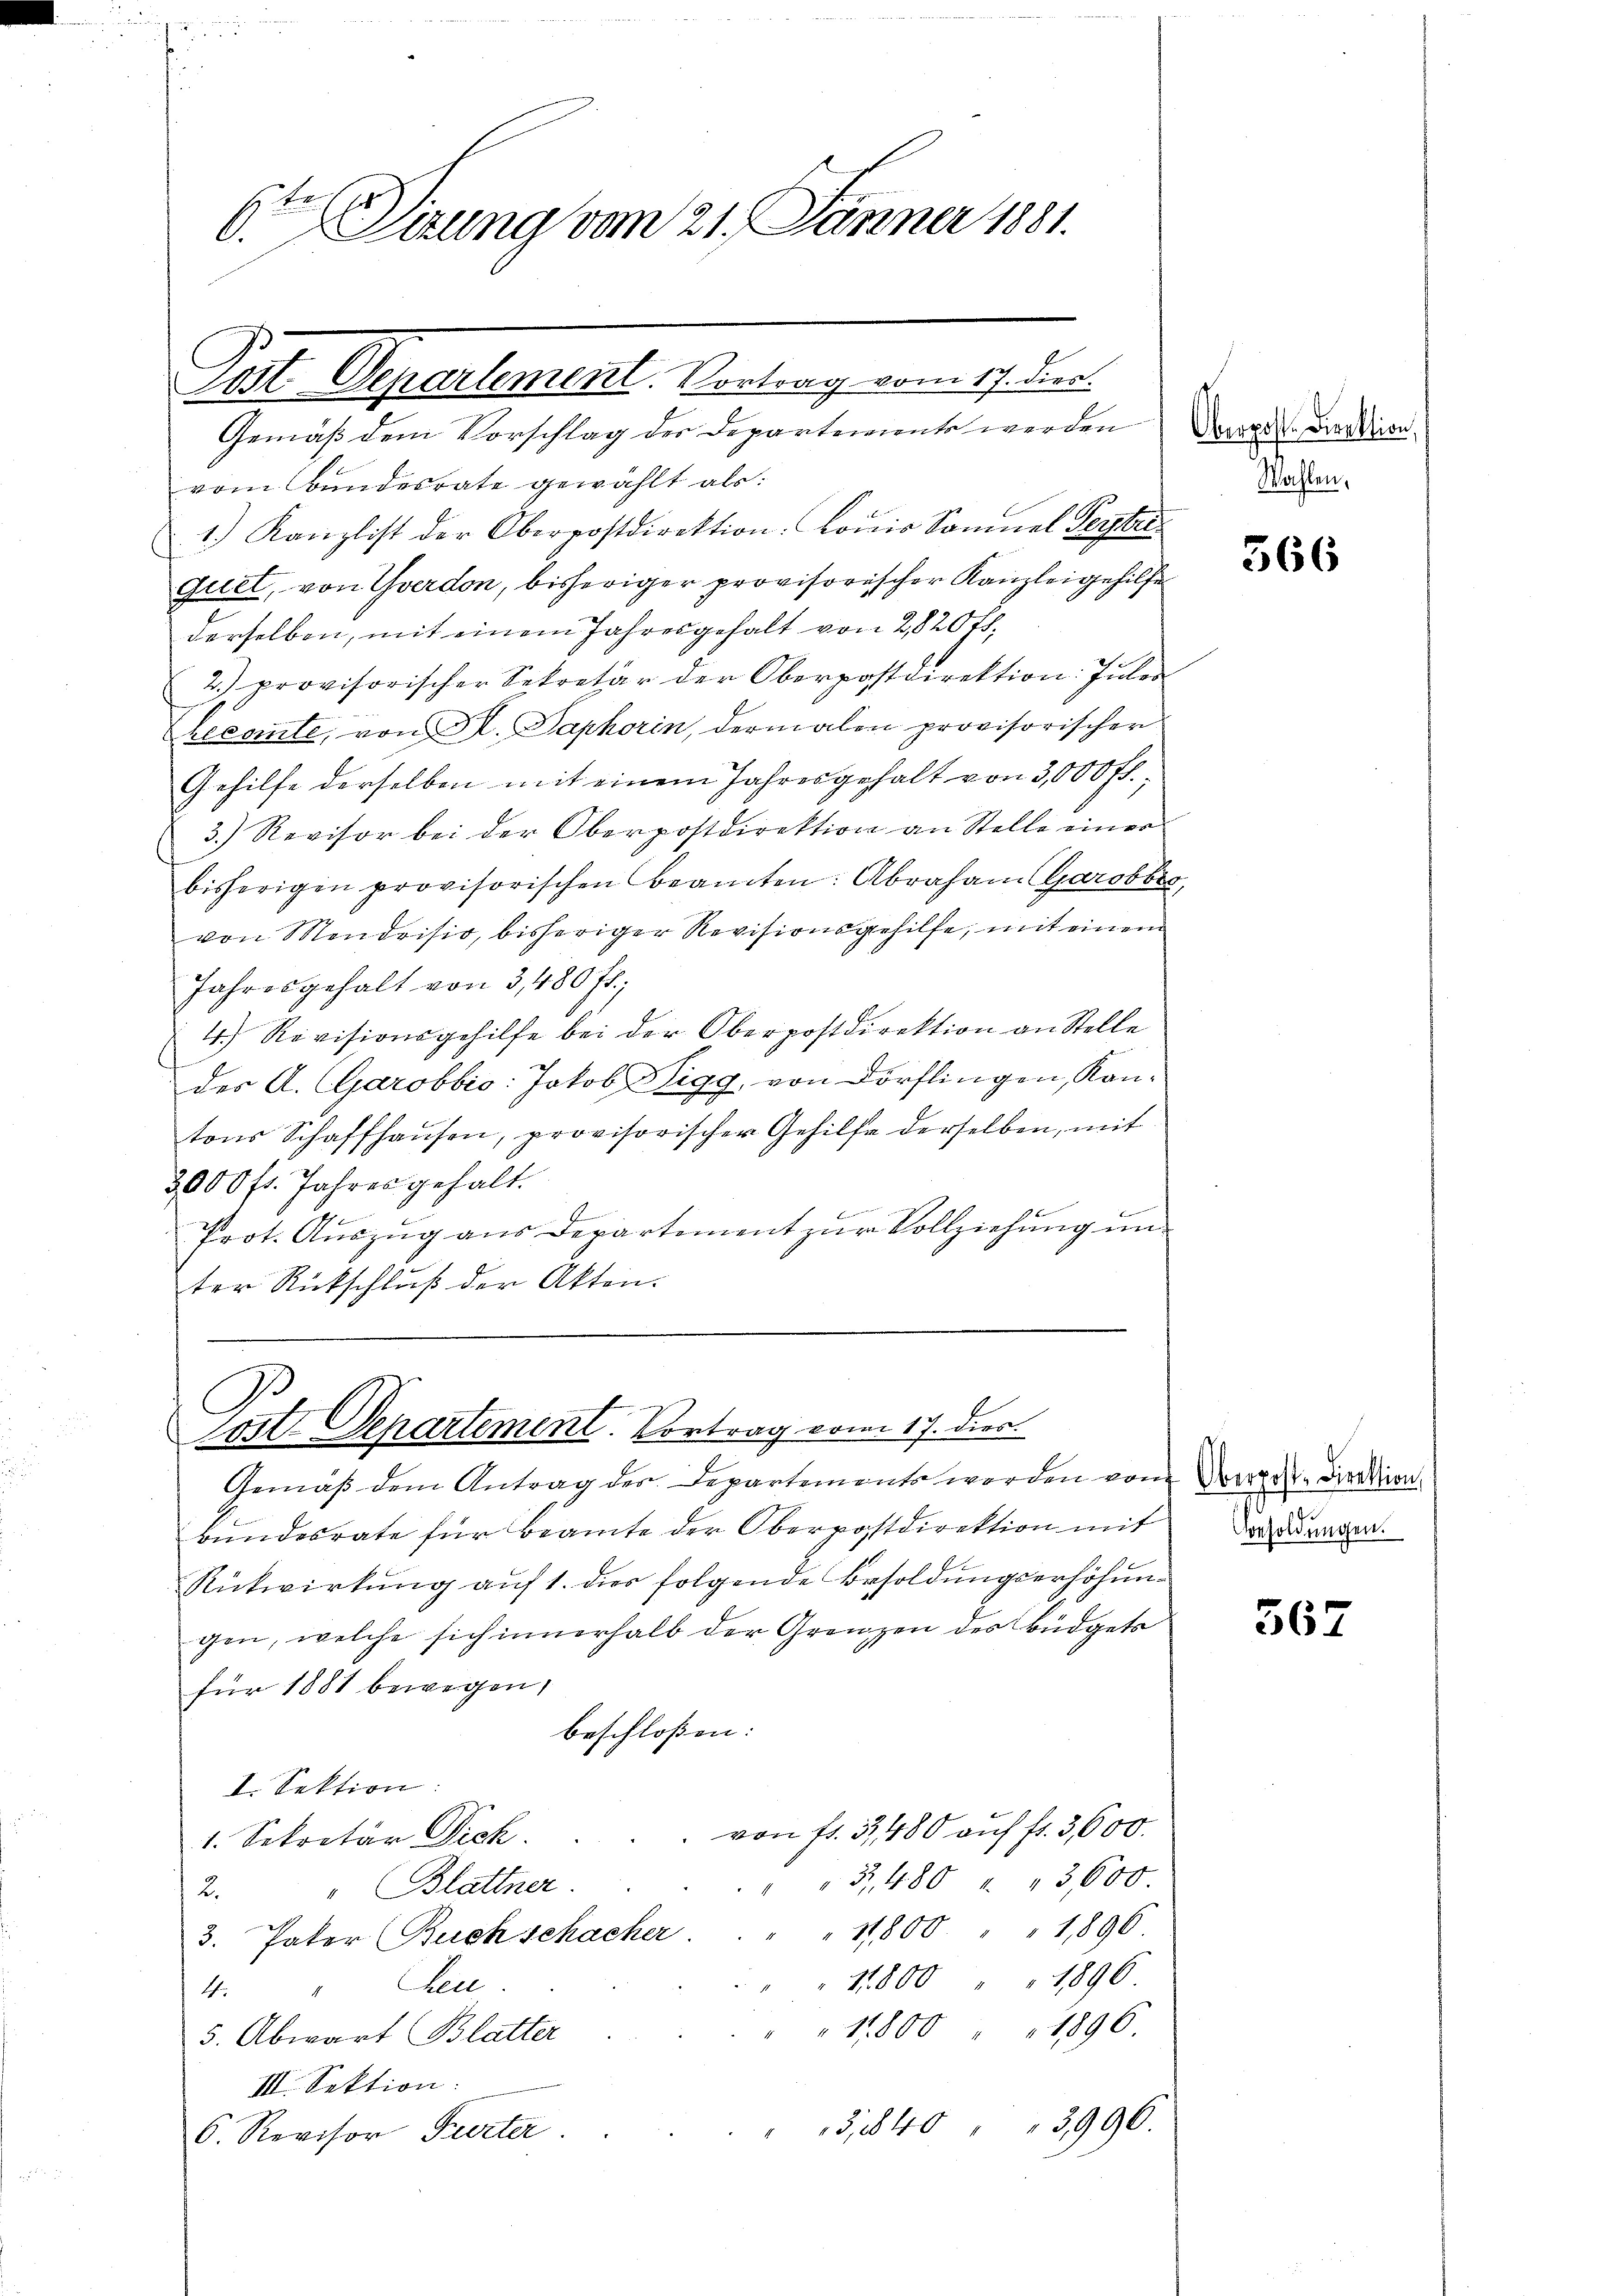
6ten Sitzung vom 21. Jänner 1881.

Post. Departement. Vortrag vom 17. dies

Gemäß dem Vorschlag des Departements werden
vom Bundesrate gewählt als:
1.) Kanzlist der Oberpostdirektion: Lowis Sonnel Peybe
quet, von Yverdon, bisheriger provisorischer Kanzleigehilfe
derselben, mit einem Jahresgehalt von 2,820 fl.
2. provisorischer Sekretär der Oberpostdirektion Julos
Decante, von Al. Saphorin, dermalen provisorischer
Gehilfe derselben mit einem Jahresgehalt von 3,000 fl.,
3.) Revisor bei der Oberpostdirektion an Stelle einer
bisherigen provisorischen Beamten: Abraham (Garobbe,
von Mendrisio, bisheriger Revisionsgehilfe, mit einem
Jahresgehalt von 3, 480 fr.;
4.) Revisionsgehilfe bei der Oberpostdirektion an Stelle
des A. (Garobbio: Jakob Sigg, von Dörflingen, Kantons Schaffhausen, provisorischer Gehilfe derselben, mit
3000 fr. Jahres gehalt.
Prot. Aŭszŭg aŭs Departement zŭr Vollziehung un
ter Rückschluß der Akten.

C
ost-Departement. Vortrag vom 17. dies

Gemäß dem Antrag der Departements werden vom Verger Direktion
bundesrate für Beamte der Oberpostdirektion mit
Rükwirkŭng aŭf 1. dies folgende Besoldŭngserhöhŭn-
gen, welche sich innerhalb der Grenzen des Büdgets
für 1881 bewegen,
beschloßen:
I. Sektion:
von fl. 3, 480 auf fr. 3,600.
1. Sekretär Dich.
", 480 " " 3,600.
"Blattner.
2.
"11,800 " " 1896
3. Pater Buch schacher.
1800 " " 1896
4. " Gene
11800 " " 1896
5. Abwart Blatter
III. Sektion:
3,1840 " " 3996.
6. Revisor Pierter

Oberpost. Direktion,
Wahlen,

366

Besoldungen.

367